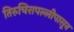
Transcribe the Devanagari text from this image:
तिरुचिरापल्लीपासून